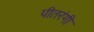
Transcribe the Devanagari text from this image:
पीतरंगी